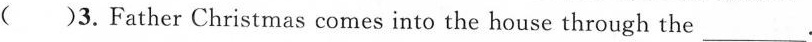
()3.Father Christmas comes into the house through the___.